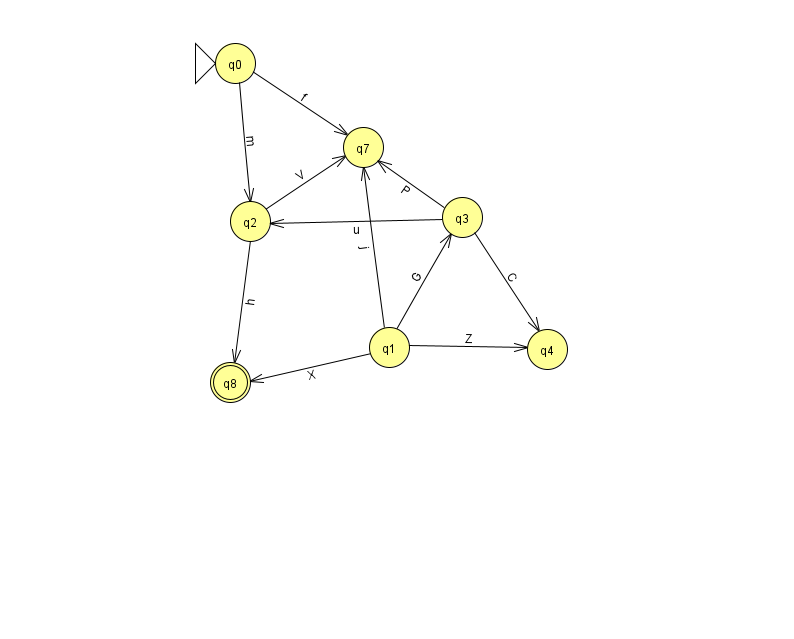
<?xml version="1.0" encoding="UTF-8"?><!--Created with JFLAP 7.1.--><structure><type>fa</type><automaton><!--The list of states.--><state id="0" name="q0"><x>235.0</x><y>50.0</y><initial/></state><state id="1" name="q1"><x>389.0</x><y>334.0</y></state><state id="2" name="q2"><x>250.0</x><y>208.0</y></state><state id="3" name="q3"><x>462.0</x><y>204.0</y></state><state id="4" name="q4"><x>547.0</x><y>336.0</y></state><state id="7" name="q7"><x>363.0</x><y>134.0</y></state><state id="8" name="q8"><x>230.0</x><y>369.0</y><final/></state><!--The list of transitions.--><transition><from>0</from><to>7</to><read>f</read></transition><transition><from>2</from><to>8</to><read>h</read></transition><transition><from>2</from><to>7</to><read>V</read></transition><transition><from>1</from><to>8</to><read>X</read></transition><transition><from>0</from><to>2</to><read>m</read></transition><transition><from>1</from><to>3</to><read>G</read></transition><transition><from>3</from><to>4</to><read>C</read></transition><transition><from>3</from><to>7</to><read>P</read></transition><transition><from>3</from><to>2</to><read>u</read></transition><transition><from>1</from><to>4</to><read>Z</read></transition><transition><from>1</from><to>7</to><read>j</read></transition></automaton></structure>